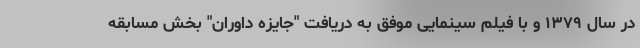
در سال ۱۳۷۹ و با فیلم سینمایی موفق به دریافت "جایزه داوران" بخش مسابقه